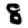
Digit: 8